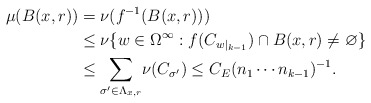
\begin{align*}\mu(B(x,r)) & =\nu(f^{-1}(B(x,r)))\\& \leq\nu\{w\in\Omega^{\infty}:f(C_{w|_{k-1}})\cap B(x,r)\neq\varnothing\}\\& \leq{\displaystyle\sum\limits_{\sigma^{\prime}\in\Lambda_{x,r}}}\nu(C_{\sigma^{\prime}})\leq C_{E}(n_{1}\cdots n_{k-1})^{-1}.\end{align*}